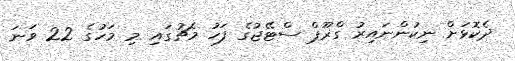
ދެކޮޅަށް ނިކުންނައިރު ގްރޫޕް ސްޓޭޖުގެ ފަހު މެޗުގައި މި މަހުގެ 22 ވަނަ